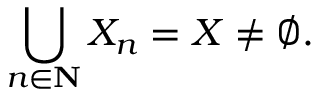
\bigcup _ { n \in \mathbf { N } } X _ { n } = X \neq \varnothing .